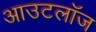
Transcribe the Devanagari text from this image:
आउटलॉज